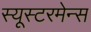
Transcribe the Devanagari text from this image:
स्यूस्टरमेन्स